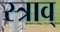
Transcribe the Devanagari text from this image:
स्त्राव्